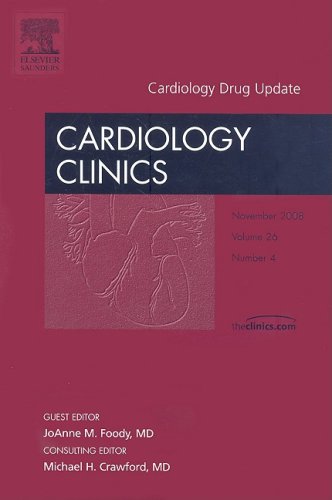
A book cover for Cardiology Drug Update,  An Issue of Cardiology Clinics, 1e (The Clinics: Internal Medicine); Medical Books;